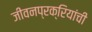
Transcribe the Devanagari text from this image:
जीवनप्रक्रियांची